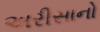
અરીસાનો